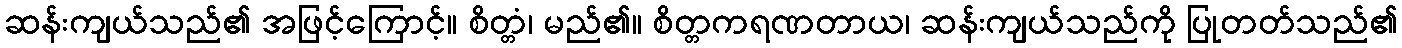
ဆန်းကျယ်သည်၏ အဖြင့်ကြောင့်။ စိတ္တံ၊ မည်၏။ စိတ္တကရဏတာယ၊ ဆန်းကျယ်သည်ကို ပြုတတ်သည်၏